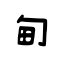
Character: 甸